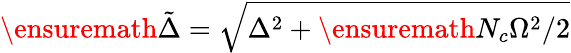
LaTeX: \ensuremath{\tilde{\Delta}}=\sqrt{\Delta^{2}+\ensuremath{N_{c}}\Omega^{2}/2}